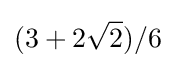
(3+2{\sqrt {2}})/6